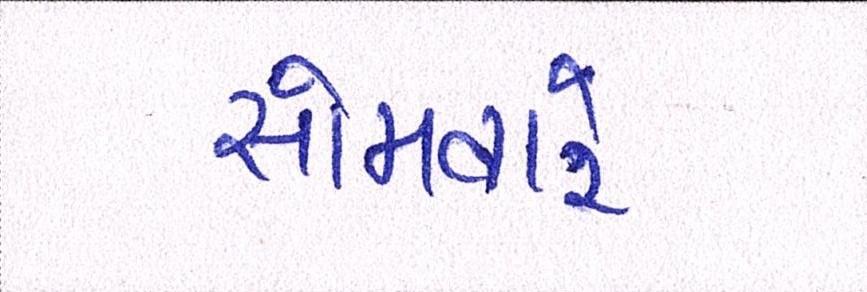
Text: સોમવારે